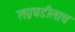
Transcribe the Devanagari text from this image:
लग्नघडीलाच